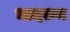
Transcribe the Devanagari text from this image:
भादरुन